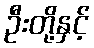
ဦးတို့နှင့်